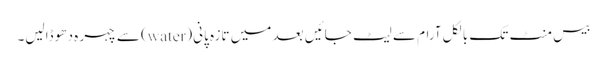
بیس منٹ تک بالکل آرام سے لیٹ جائیں بعد میں تازہ پانی(water) سے چہر ہ دھو ڈالیں۔